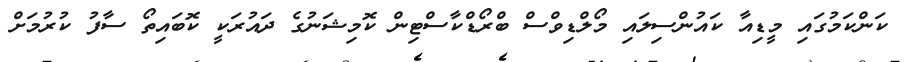
ކަންކަމުގައި މީޑިއާ ކައުންސިލައި މޯލްޑިވްސް ބްރޯޑްކާސްޓިން ކޮމިޝަނުގެ ދައުރަކީ ކޮބައިތޯ ސާފު ކުރުމަށް